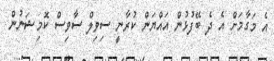
އެ މަގާމަށް އެ ދެ ބޭފުޅުން އައްޔަން ކުރާނީ ސިވިލް ސާވިސް ކޮމިޝަނުން